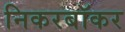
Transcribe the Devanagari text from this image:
निकरबॉकर